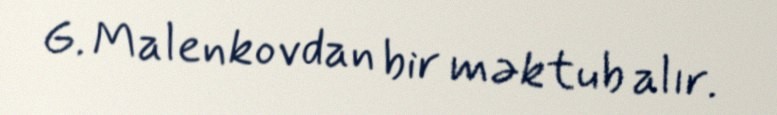
G. Malenkovdan bir məktub alır.